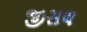
જીસલ